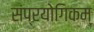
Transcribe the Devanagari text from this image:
संप्रयोगिकम्